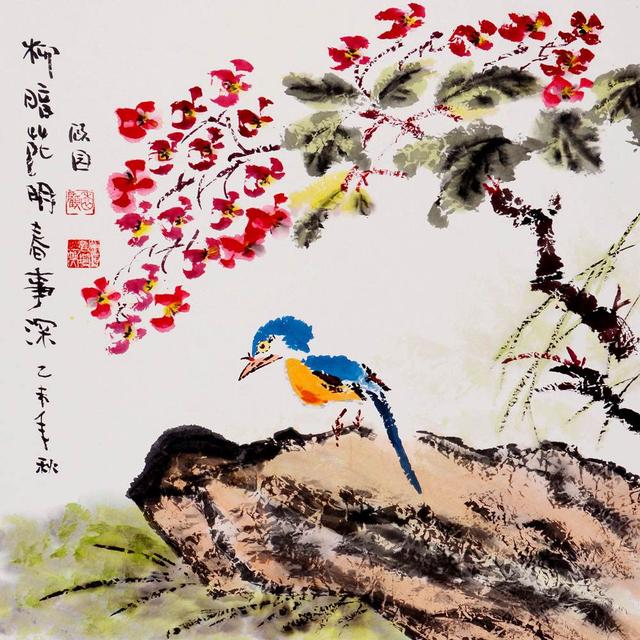
旧游无处不堪寻。无寻处，惟有少年心。